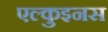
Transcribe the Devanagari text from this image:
एल्कुइनस